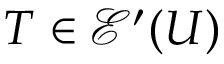
T \in { \mathcal { E } } ^ { \prime } ( U )